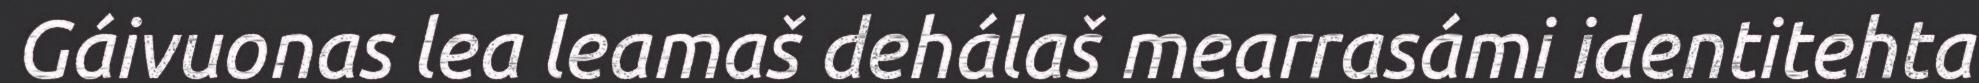
Gáivuonas lea leamaš dehálaš mearrasámi identitehta